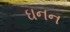
ઘનન